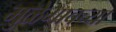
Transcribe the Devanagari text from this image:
मुळेगावच्या